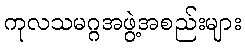
ကုလသမဂ္ဂအဖွဲ့အစည်းများ